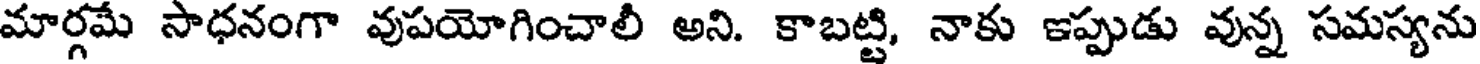
మార్గమే సాధనంగా వుపయోగించాలీ అని. కాబట్టి, నాకు ఇప్పుడు వున్న సమస్యను